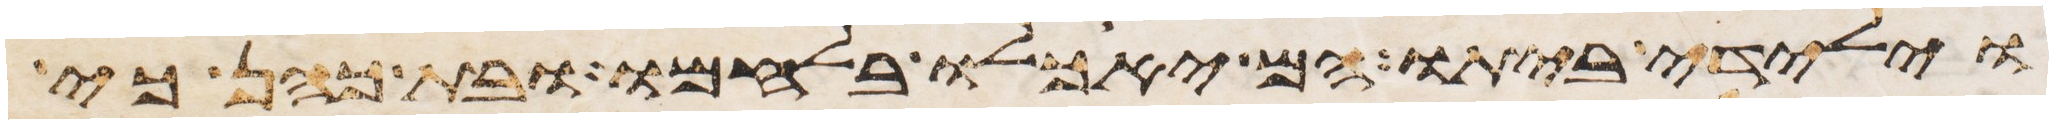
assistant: וילידי ביתו הם יאכלו בלחמו ובת כהן כי